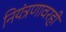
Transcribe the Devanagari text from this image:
नियंत्रणावरही